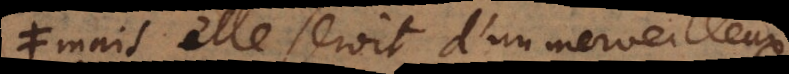
Mais elle seroit d’un merveilleux